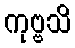
ကုဗ္ဗသိ